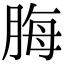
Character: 脢